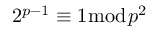
2 ^ { p - 1 } \equiv 1 { \bmod { p ^ { 2 } } }